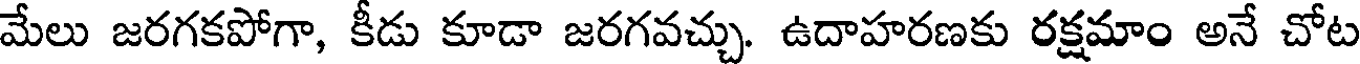
మేలు జరగకపోగా, కీడు కూడా జరగవచ్చు. ఉదాహరణకు రక్షమాం అనే చోట